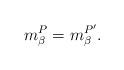
LaTeX: \begin{align*}m^P_\beta = m^{P'}_\beta.\end{align*}